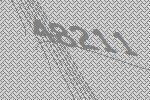
48211